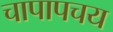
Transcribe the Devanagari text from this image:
चापापचय